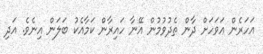
އަހަރެން އަވަހަށް ދާން ތެދުވުމުން އޭނާ ހައިރާން ކަމާއެކު ބަލަން އިނެވެ. އަދި